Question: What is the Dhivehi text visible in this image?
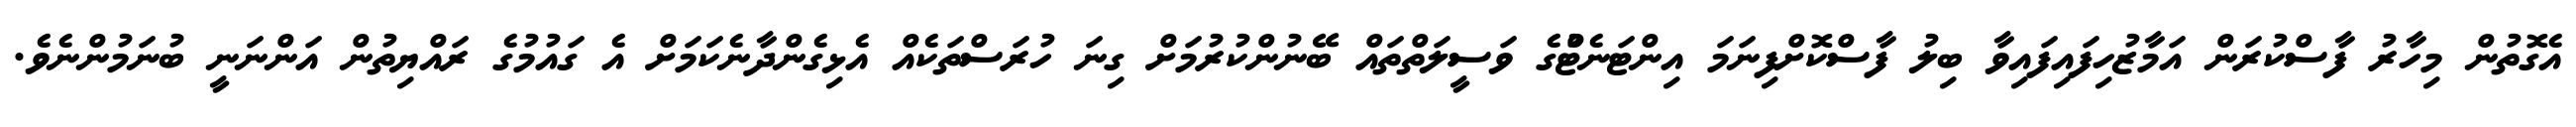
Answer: އެގޮތުން މިހާރު ފާސްކުރަން އަމާޒުހިފައިފައިވާ ބިލު ފާސްކޮށްފިނަމަ އިންޓަނެޓްުގެ ވަސީލަތްތައް ބޭނުންކުރުމަށް ގިނަ ހުރަސްތަކެއް އެޅިގެންދާނެކަމަށް އެ ގައުމުގެ ރައްޔިތުން އަންނަނީ ބުނަމުންނެވެ.